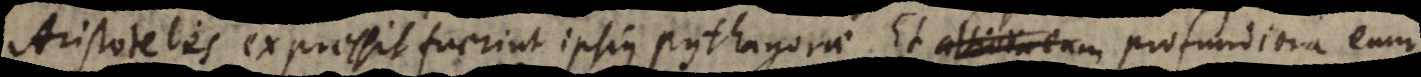
Aristoteles expressit, fuerint ipsius Pythagorae. Et altiora eum profundiora eum